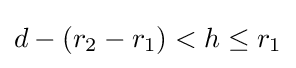
d-(r_{2}-r_{1})<h\leq r_{1}